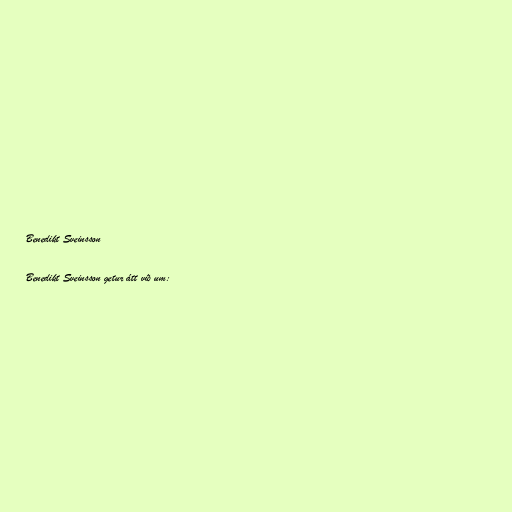
Benedikt Sveinsson

Benedikt Sveinsson getur átt við um: